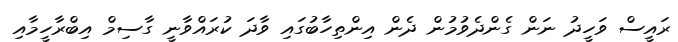
ރައީސް ވަހީދު ނަން ގެންދެވުމުން ދެން އިންތިހާބުގައި ވާދަ ކުރައްވާނީ ގާސިމް އިބްރާހީމާއި